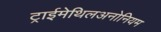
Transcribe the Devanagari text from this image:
ट्राईमेथिलअनोनियम